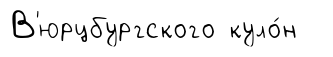
В'юрцбургского куло́н